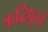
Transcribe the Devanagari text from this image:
ऋद्धिपूरचे